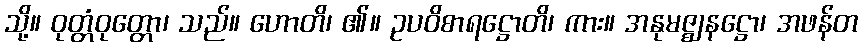
သို့။ ဝုတ္တံဝုတ္တော၊ သည်။ ဟောတိ၊ ၏။ ဥပဝိစာရဋ္ဌောတိ၊ ကား။ အနုမဇ္ဈနဋ္ဌော၊ အဖန်တ